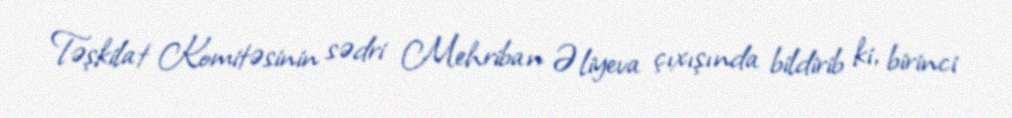
Təşkilat Komitəsinin sədri Mehriban Əliyeva çıxışında bildirib ki, birinci